Eesti_Toorahva_Kommuun, lk 32
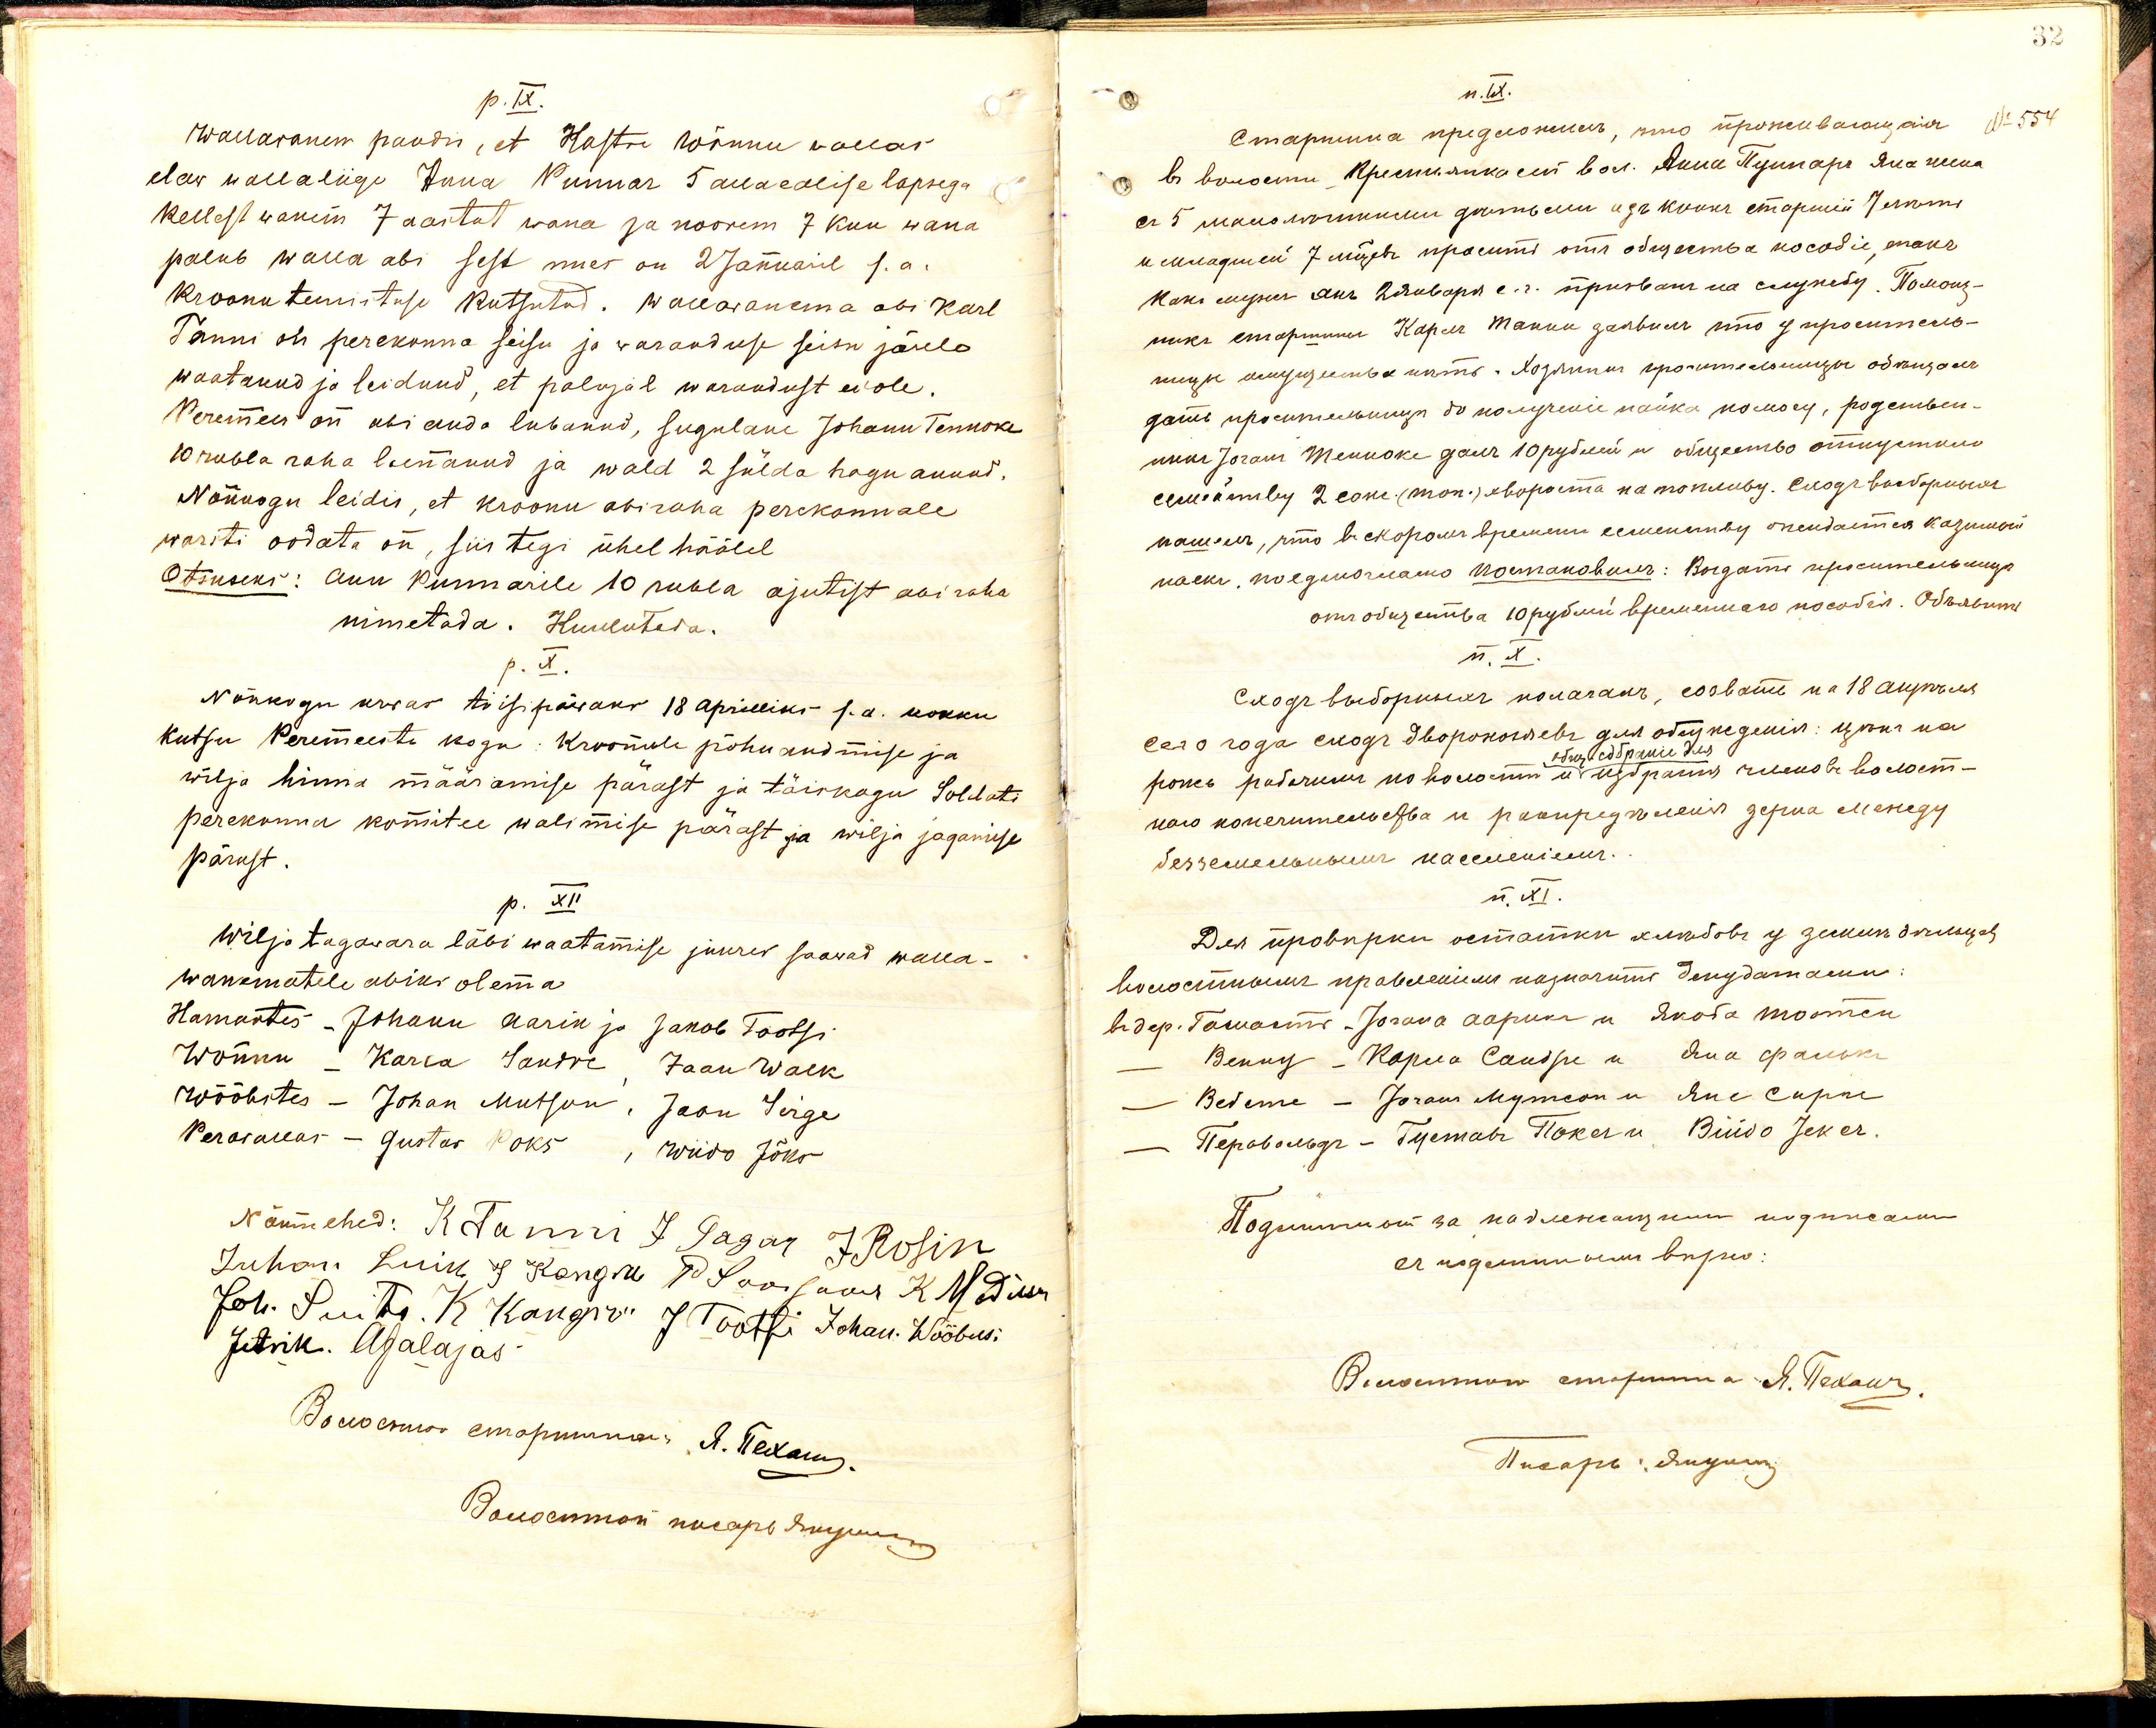
p. IX.
Wallawanem pandis, et Kastre Wõnnu wallas
elaw wallaliige Anna Punar 5 allaealise lapsega
Kellest wanem 7 aastat wana ja noorem 7 kuu wana
palub walla abi sest mees on 2 Januaril s.a.
kroonu teenistuse kutsutud. Wallawanema abi Karl
Tanni on perekonna seisu ja waranduse seisu järele
waatanud ja leidnud, et palujal warandust ei ole.
Peremees on abi anda lubanud, sugulane Johann Tennoke
10 rubla raha laenanud ja wald 2 sülda hagu annud.
Nõukogu leidis, et kroonu abiraha perekonnale
warsti oodata on, siis tegi ühel häälel
Otsuseks: Ann Punnarile 10 rubla ajutist abiraha
nimetada. Kuulutada.
p. X.
Nõukogu arwas teisipäwaks 18 Aprilliks s.a. kokku
Kutsu Peremeeste kogu: Kroonule põhu andmise ja
wilja hinna määramise pärast ja täiskogu Soldati
perekonna komitee walimise pärast ja wilja jagamise
pärast.
p. XII
Wilja tagawara läbi waatamise juures saawad walla-
wanematele abiks olema.
Hamastes - Johann Aarik ja Jakob Tootsi
Wõnnu - Kärsa Sandre, Jaan Walk
Wõõbstes - Johan Mutson, Jaan Sirge
Perawallas - Gustaw Poks, Wiido Jõks
Nõumehed: K. Tanni J. Tagar JRosin
Juhan Luik J Kangu P Sooisaas K M Dinson
Joh. Suits. K. Kangiri J. Tootfi, Johan. Wööbusi
Jutrik. Agalajas